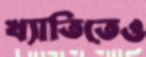
খ্যাতিতেও